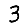
Digit: 3